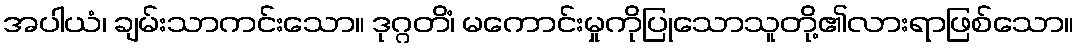
အပါယံ၊ ချမ်းသာကင်းသော။ ဒုဂ္ဂတိံ၊ မကောင်းမှုကိုပြုသောသူတို့၏လားရာဖြစ်သော။